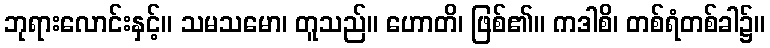
ဘုရားလောင်းနှင့်။ သမသမော၊ တူသည်။ ဟောတိ၊ ဖြစ်၏။ ကဒါစိ၊ တစ်ရံတစ်ခါ၌။